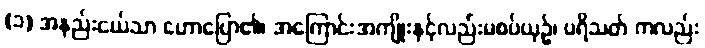
(၁) အနည်းငယ်သာ ဟောပြော၏၊ အကြောင်းအကျိုးနှင့်လည်းမစပ်ယှဉ်၊ ပရိသတ် ကလည်း